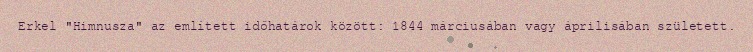
Erkel "Himnusza" az említett időhatárok között: 1844 márciusában vagy áprilisában született.